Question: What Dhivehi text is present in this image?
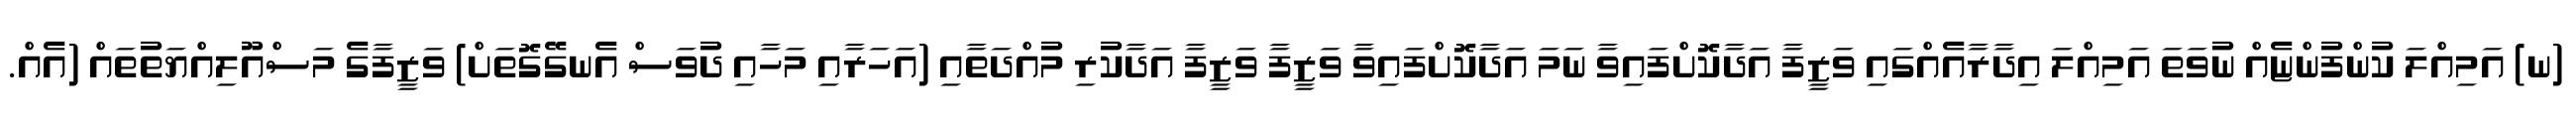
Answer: (ނ) އަމިއްލަ ކުންފުންޏެއް ނުވަތަ އަމިއްލަ އިދާރާއެއްގައި ވަޒީފާ އަދާކޮށްފައިވާ ނަމަ އަދާކޮށްފައިވާ ވަޒީފާ ވަޒީފާ އަދާކުރި މުއްދަތާއި (އަހަރާއި މަހާއި ދުވަސް އެނގޭގޮތަށް) ވަޒީފާގެ މަސްއޫލިއްޔަތުތައް (އެއް.